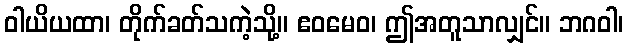
ဝါယိယထာ၊ တိုက်ခတ်သကဲ့သို့။ ဧဝမေဝ၊ ဤအတူသာလျှင်။ ဘဂဝါ၊